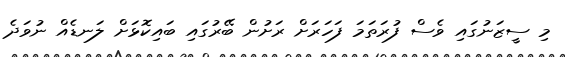
މި ސީޒަނުގައި ވެސް ފުރަތަމަ ފަހަރަށް ރަށުން ބޭރުގައި ބައިކޮޅަށް ލަނޑެއް ނުވަދެ